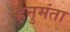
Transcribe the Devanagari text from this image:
हनुमंता